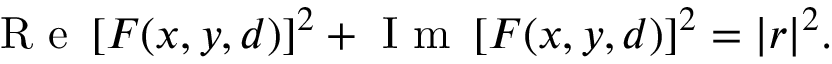
\mathrm { ~ R ~ e ~ } \left[ F ( x , y , d ) \right] ^ { 2 } + \mathrm { ~ I ~ m ~ } \left[ F ( x , y , d ) \right] ^ { 2 } = | r | ^ { 2 } .